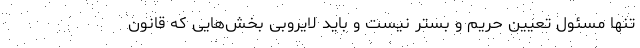
تنها مسئول تعیین حریم و بستر نیست و باید لایروبی بخش‌هایی که قانون